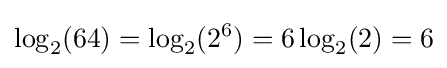
\log _{2}(64)=\log _{2}(2^{6})=6\log _{2}(2)=6